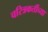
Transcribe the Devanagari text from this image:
चरित्रकर्तीच्या